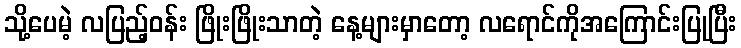
သို့ပေမဲ့ လပြည့်ဝန်း ဖြိုးဖြိုးသာတဲ့ နေ့များမှာတော့ လရောင်ကိုအကြောင်းပြုပြီး